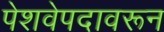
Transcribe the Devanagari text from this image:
पेशवेपदावरून